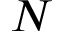
N